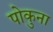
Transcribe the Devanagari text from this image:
पोकुना